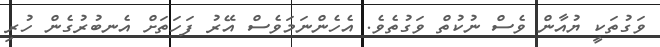
ވަގުތަކީ ޔުއާން ވެސް ނުކުތް ވަގުތެވެ. އެހެންނަމަވެސް އޭރު ފަހަތަށް އެނބުރުގެން ހުރި